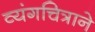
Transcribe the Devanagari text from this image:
व्यंगचित्राने